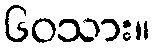
၆၀သား။